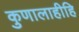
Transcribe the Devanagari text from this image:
कुणालाहीहि